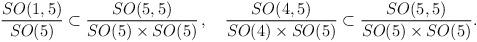
LaTeX: \begin{align*}\frac{SO(1,5)}{SO(5)} \subset\frac{SO(5,5)}{SO(5) \times SO(5)} \, , \quad\frac{SO(4,5)}{SO(4)\times SO(5)} \subset \frac{SO(5,5)}{SO(5)\times SO(5)}. \end{align*}